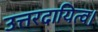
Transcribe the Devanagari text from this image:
उत्तरदायित्व।